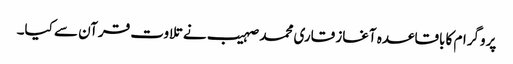
پروگرام کا باقاعدہ آغاز قاری محمد صہیب نے تلاوت قرآن سے کیا۔